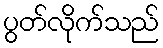
ပွတ်လိုက်သည်